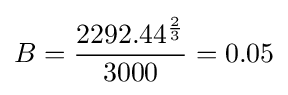
B={2292.44^{2 \over 3} \over 3000}=0.05